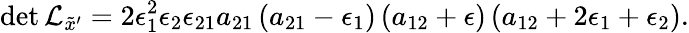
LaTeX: \operatorname*{det}{\cal L}_{{\tilde{x}}^{\prime}}=2\epsilon_{1}^{2}\epsilon_{2}\epsilon_{21}a_{21}\left(a_{21}-\epsilon_{1}\right)\left(a_{12}+\epsilon\right)\left(a_{12}+2\epsilon_{1}+\epsilon_{2}\right).